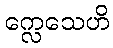
က္လေသေဟိ